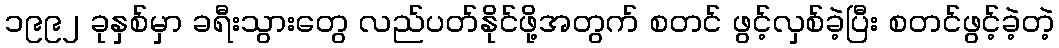
၁၉၉၂ ခုနှစ်မှာ ခရီးသွားတွေ လည်ပတ်နိုင်ဖို့အတွက် စတင် ဖွင့်လှစ်ခဲ့ပြီး စတင်ဖွင့်ခဲ့တဲ့